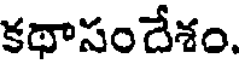
కథాసందేశం.